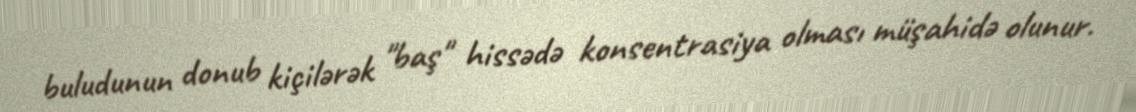
buludunun donub kiçilərək "baş" hissədə konsentrasiya olması müşahidə olunur.